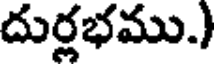
దుర్లభము.)